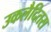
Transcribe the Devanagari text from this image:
उकलैदितस